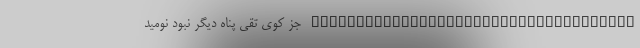
____________________________________ جز کوی تقی پناه دیگر نبود نومید